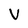
Character: V